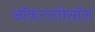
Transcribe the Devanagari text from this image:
ऑकटानोसॉल